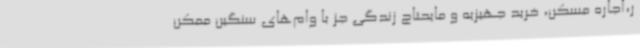
ر،اجاره مسکن، خرید جهیزیه و مایحتاج زندگی جز با وام‌های سنگین ممکن